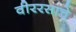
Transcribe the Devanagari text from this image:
वीररसाचे